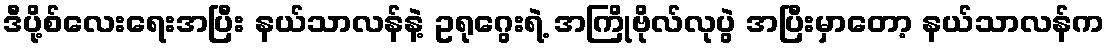
ဒီပို့စ်လေးရေးအပြီး နယ်သာလန်နဲ့ ဥရုဂွေးရဲ့ အကြိုဗိုလ်လုပွဲ အပြီးမှာတော့ နယ်သာလန်က